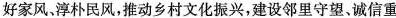
好家风，淳朴民风，推动乡村文化振兴，建设邻里守望、诚信重